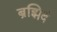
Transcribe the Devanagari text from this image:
ब्रह्मिदं